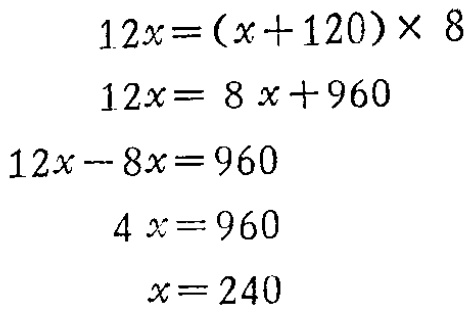
\[

\begin{align*}

12x&=(x + 120)\times8\\

12x&=8x + 960\\

12x-8x&=960\\

4x&=960\\

x&=240

\end{align*}

\]